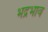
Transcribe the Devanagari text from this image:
भद्रभाव